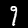
Digit: 9